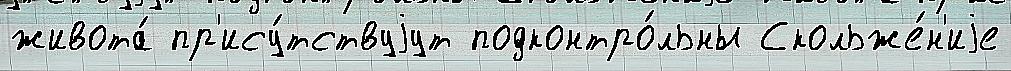
живота́ пр'ису́тствуjут подконтро́льны Скольже́н'иjе